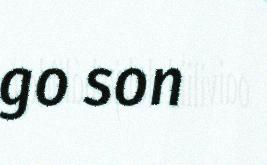
go son